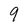
Character: 9